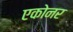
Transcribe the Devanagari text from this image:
एकोनर